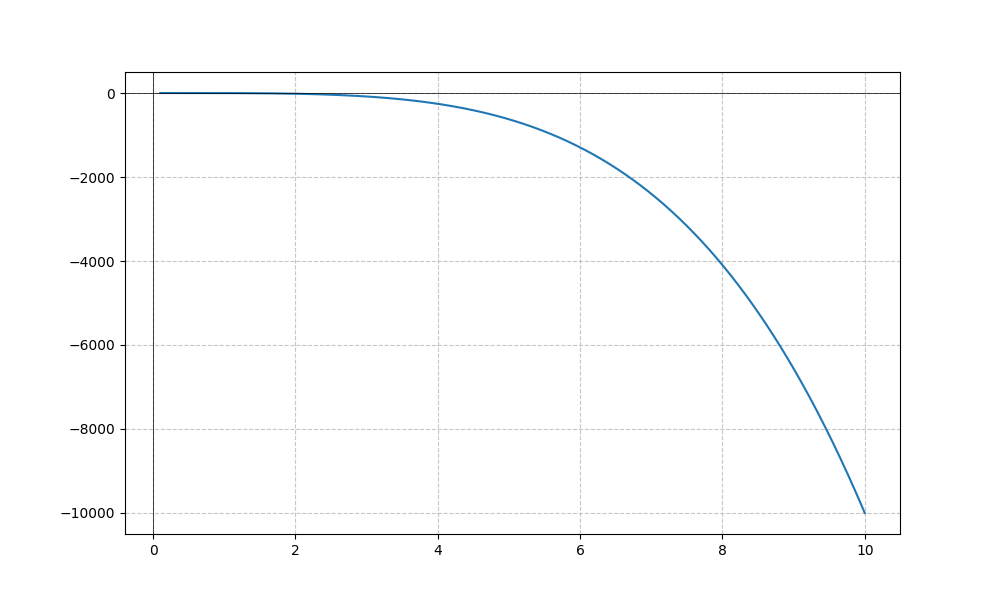
LaTeX formula: - x^{4} + \cos{\left(x \right)}